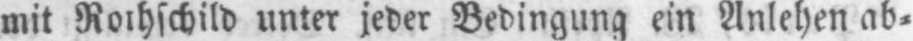
unter jeder Bedingung ein Anlehen ab⸗